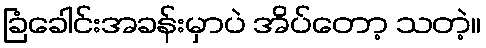
ခြံခေါင်းအခန်းမှာပဲ အိပ်တော့ သတဲ့။